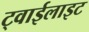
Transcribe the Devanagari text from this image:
ट्वाईलाइट